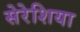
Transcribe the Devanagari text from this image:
सेरेशिया